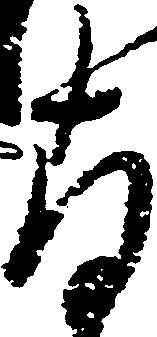
存